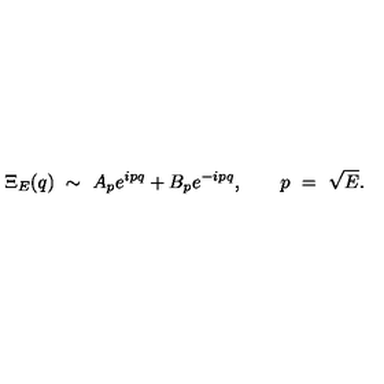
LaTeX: \Xi _ { E } ( q ) \ \sim \ A _ { p } e ^ { i p q } + B _ { p } e ^ { - i p q } , \qquad p \ = \ \sqrt { E } .